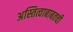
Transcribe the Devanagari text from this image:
अस्तित्वाबाबतची